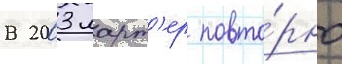
В 2003 ларт'ер повто́рно